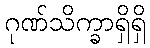
ဂုဏ်သိက္ခာရှိရှိ